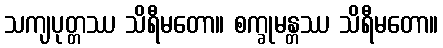
သကျပုတ္တဿ သိရီမတော။ စက္ခုမန္တဿ သိရီမတော။